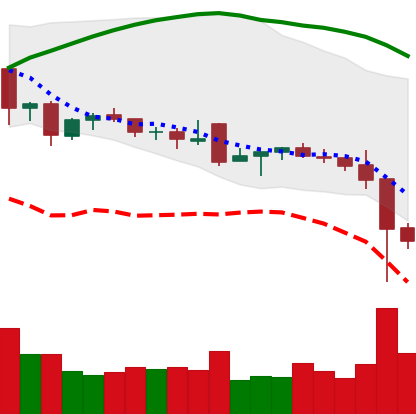
Ticker: NEO-USD
Chart end date: 2021-12-05
Forward return: -5.076%
Label: down_5_7